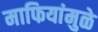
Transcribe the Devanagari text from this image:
माफियांमुळे